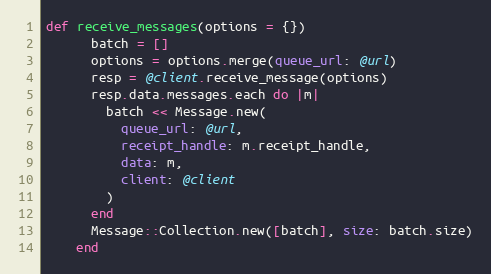
Language: Ruby
def receive_messages(options = {})
      batch = []
      options = options.merge(queue_url: @url)
      resp = @client.receive_message(options)
      resp.data.messages.each do |m|
        batch << Message.new(
          queue_url: @url,
          receipt_handle: m.receipt_handle,
          data: m,
          client: @client
        )
      end
      Message::Collection.new([batch], size: batch.size)
    end